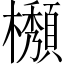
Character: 𱤲